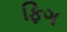
ફિગ